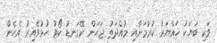
ވަކި ބަޔަކު ހައްޔަރު ކުރުމަށާއި މުއްދަތު ޖަހަން ރޭގަނޑު ކޯޓު ހުޅުވޭއިރު އެހެން